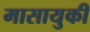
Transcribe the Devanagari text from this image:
मासायुकी